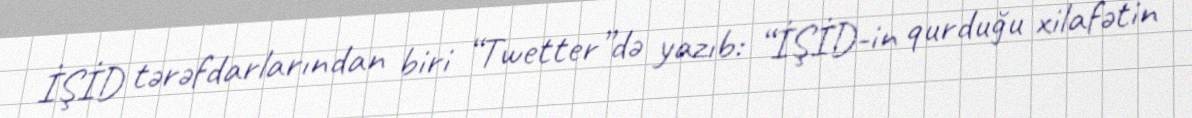
İŞİD tərəfdarlarından biri “Twetter”də yazıb: “İŞİD-in qurduğu xilafətin